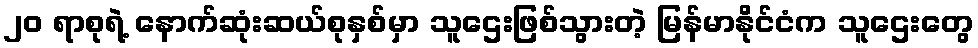
၂၀ ရာစုရဲ့ နောက်ဆုံးဆယ်စုနှစ်မှာ သူဌေးဖြစ်သွားတဲ့ မြန်မာနိုင်ငံက သူဌေးတွေ